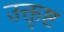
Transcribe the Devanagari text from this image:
उक्तृष्ट